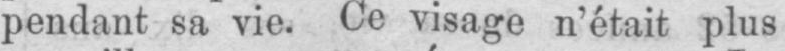
pendant sa vie. Ce visage n’était plus